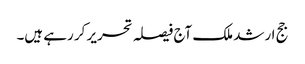
جج ارشد ملک آج فیصلہ تحریر کر رہے ہیں۔